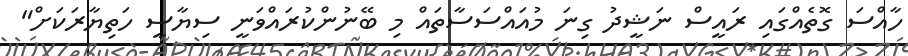
ހާއްސަ ގޮތެއްގައި ރައީސް ނަޝީދު ގިނަ މުއައްސަސާތައް މި ބޭނުންކުރައްވަނީ ސިޔާސީ ހަތިޔާރަކަށް"